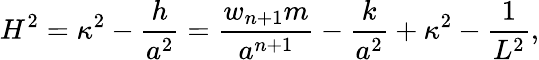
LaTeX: H^{2}=\kappa^{2}-{\frac{h}{a^{2}}}={\frac{w_{n+1}m}{a^{n+1}}}-{\frac{k}{a^{2}}}+\kappa^{2}-{\frac{1}{L^{2}}},